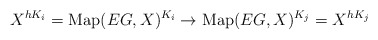
\begin{align*}X^{hK_i} = \mathrm{Map}(EG, X)^{K_i} \to \mathrm{Map}(EG, X)^{K_j} = X^{hK_j}\end{align*}